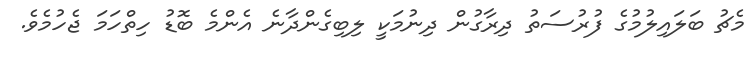
މެޗު ބަލައިލުމުގެ ފުރުސަތު ދިރާގުން ދިނުމަކީ ލިބިގެންދާނެ އެންމެ ބޮޑު ހިތްހަމަ ޖެހުމެވެ.